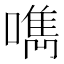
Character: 𠿘